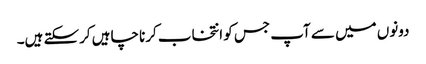
دونوں میں سے آپ جس کو انتخاب کرنا چاہیں کرسکتے ہیں۔